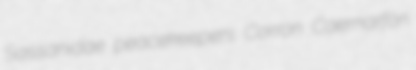
Sassanidae peacekeepers Corron Caernarfon